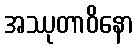
အဿုတာဝိနော